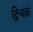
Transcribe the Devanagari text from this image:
द्विचक्र